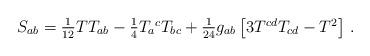
LaTeX: \begin{align*}S_{ab} = \textstyle{1\over12}T T_{ab}-\textstyle{1\over4}T_a{}^c T_{bc}+\textstyle{1\over24}g_{ab}\left[3T^{cd}T_{cd}-T^2\right] \,. \end{align*}